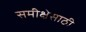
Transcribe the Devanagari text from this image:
समीक्षेसाठी